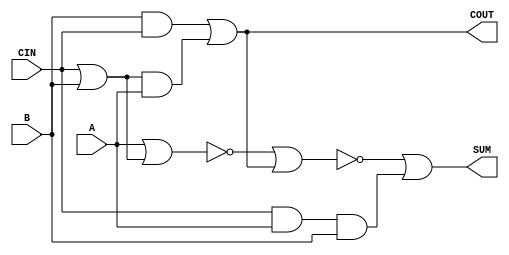
module sky130_fd_sc_hd__fa (
    COUT,
    SUM ,
    A   ,
    B   ,
    CIN
);

    // Module ports
    output COUT;
    output SUM ;
    input  A   ;
    input  B   ;
    input  CIN ;

    // Module supplies
    supply1 VPWR;
    supply0 VGND;
    supply1 VPB ;
    supply0 VNB ;

    // Local signals
    wire or0_out     ;
    wire and0_out    ;
    wire and1_out    ;
    wire and2_out    ;
    wire nor0_out    ;
    wire nor1_out    ;
    wire or1_out_COUT;
    wire or2_out_SUM ;

    //  Name  Output        Other arguments
    or  or0  (or0_out     , CIN, B            );
    and and0 (and0_out    , or0_out, A        );
    and and1 (and1_out    , B, CIN            );
    or  or1  (or1_out_COUT, and1_out, and0_out);
    buf buf0 (COUT        , or1_out_COUT      );
    and and2 (and2_out    , CIN, A, B         );
    nor nor0 (nor0_out    , A, or0_out        );
    nor nor1 (nor1_out    , nor0_out, COUT    );
    or  or2  (or2_out_SUM , nor1_out, and2_out);
    buf buf1 (SUM         , or2_out_SUM       );

endmodule